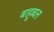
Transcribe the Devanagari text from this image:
बाहूबल